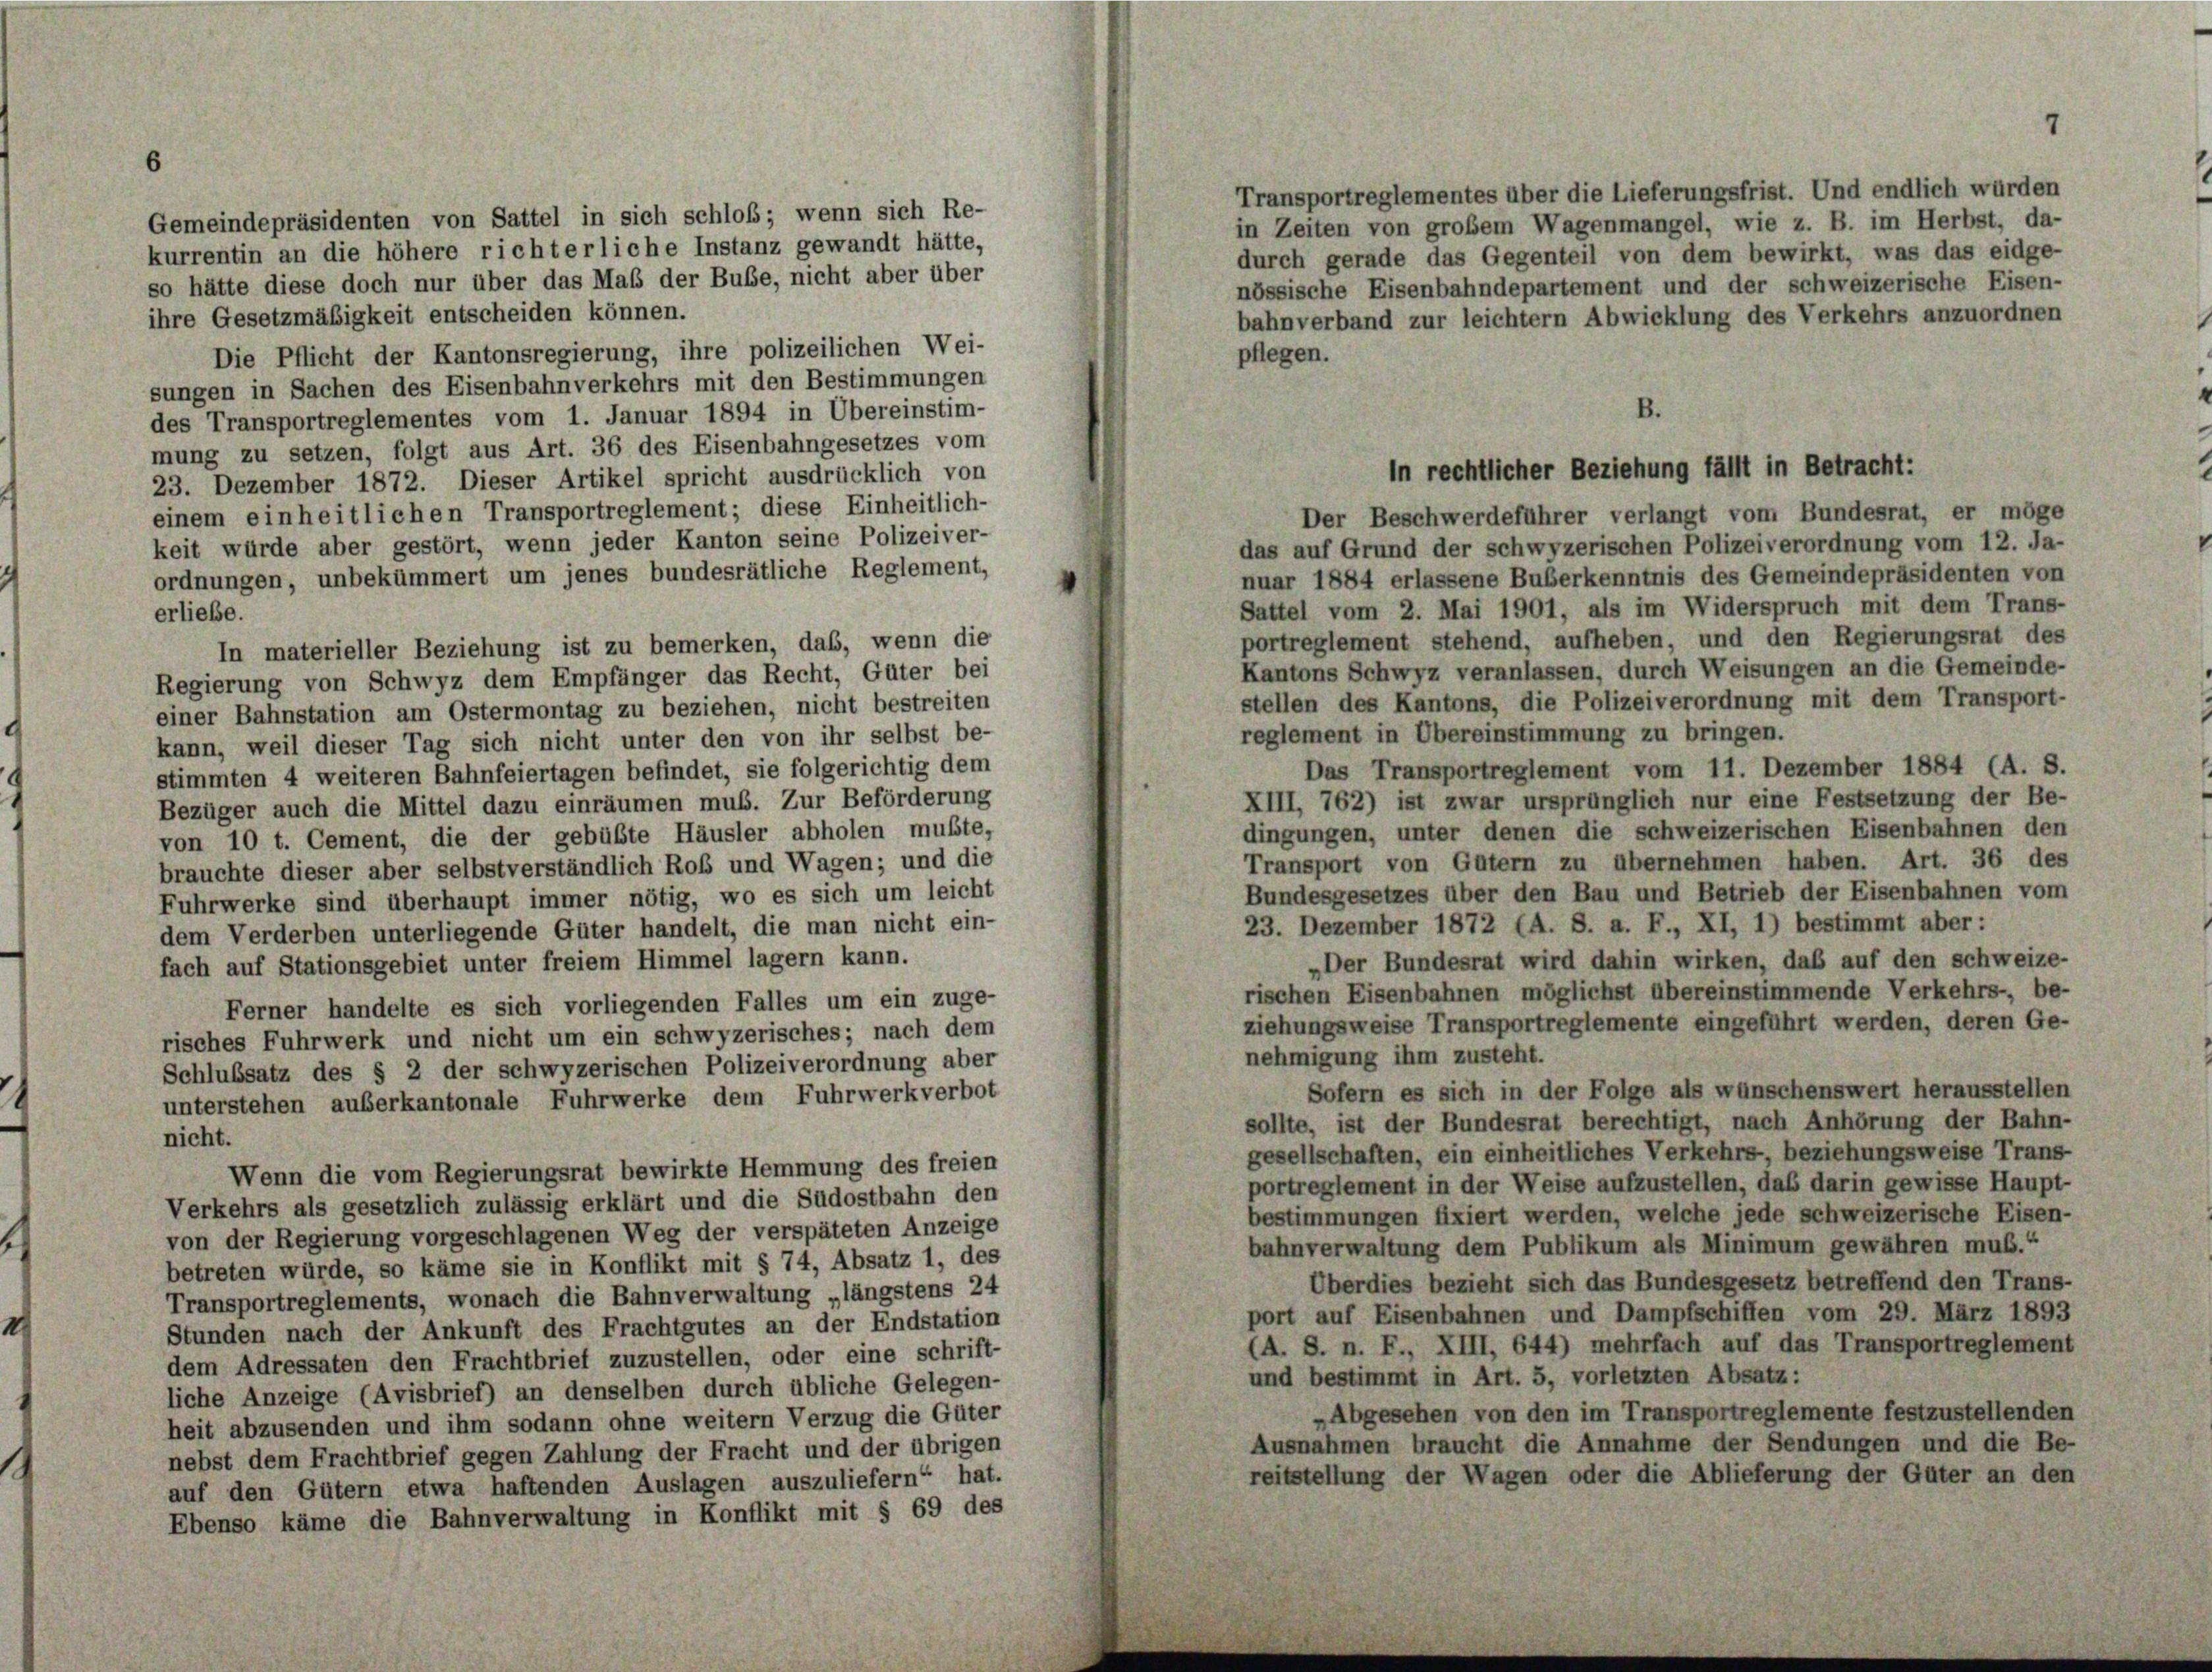
Gemeindepräsidenten von Sattel in sich schloß; wenn sich Re-
kurrentin an die höhere richterliche Instanz gewandt hätte,
so hätte diese doch nur über das Maß der Buße, nicht aber über
ihre Gesetzmäßigkeit entscheiden können.
Die Pflicht der Kantonsregierung, ihre polizeilichen Wei-
sungen in Sachen des Eisenbahnverkehrs mit den Bestimmungen
des Transportreglementes vom 1. Januar 1894 in Übereinstim-
mung zu setzen, folgt aus Art. 36 des Eisenbahngesetzes vom
23. Dezember 1872. Dieser Artikel spricht ausdrücklich von
einem einheitlichen Transportreglement; diese Einheitlich-
Der Beschwerdeführer verlangt vom Bundesrat, er möge
keit würde aber gestört, wenn jeder Kanton seine Polizeiver-
das auf Grund der schwyzerischen Polizeiverordnung vom 12. Ja-
ordnungen, unbekümmert um jenes bundesrätliche Reglement,
nuar 1884 erlassene Buberkenntnis des Gemeindepräsidenten von
Sattel vom 2. Mai 1901, als im Widerspruch mit dem Trans-
erliebe.
portreglement stehend, aufheben, und den Regierungsrat des
In materieller Beziehung ist zu bemerken, das, wenn die
Kantons Schwyz veranlassen, durch Weisungen an die Gemeinde-
Regierung von Schwyz dem Empfänger das Recht, Güter bei
stellen des Kantons, die Polizeiverordnung mit dem Transport-
einer Bahnstation am Ostermontag zu beziehen, nicht bestreiten
reglement in Übereinstimmung zu bringen.
kann, weil dieser Tag sich nicht unter den von ihr selbst be-
Das Transportreglement vom 11. Dezember 1884 (A. S.
stimmten 4 weiteren Bahnfeiertagen befindet, sie folgerichtig dem
XIII, 762) ist zwar ursprünglich nur eine Festsetzung der Be-
Bezüger auch die Mittel dazu einräumen muß. Zur Beförderung
dingungen, unter denen die schweizerischen Eisenbahnen den
von 10 t. Cement, die der gebüßte Häusler abholen mußte,
Transport von Gütern zu übernehmen haben. Art. 36 des
brauchte dieser aber selbstverständlich Roß und Wagen; und die
Bundesgesetzes über den Bau und Betrieb der Eisenbahnen vom
Fuhrwerke sind überhaupt immer nötig, wo es sich um leicht
23. Dezember 1872 (A. S. a. F., XI, 1) bestimmt aber:
dem Verderben unterliegende Güter handelt, die man nicht ein-
„Der Bundesrat wird dahin wirken, daß auf den schweize-
fach auf Stationsgebiet unter freiem Himmel lager kann.
rischen Eisenbahnen möglichst übereinstimmende Verkehrs-, be-
Ferner handelte es sich vorliegenden Falles um ein zuge-
ziehungsweise Transportreglemente eingeführt werden, deren Ge-
risches Fuhrwerk und nicht um ein schwyzerisches; nach dem
nehmigung ihm zusteht.
Schlussatz des § 2 der schwyzerischen Polizeiverordnung aber
Sofern es sich in der Folge als wünschenswert herausstellen
unterstehen auserkantonale Fuhrwerke dem Fuhrwerkverbot
sollte, ist der Bundesrat berechtigt, nach Anhörung der Bahn-
nicht.
gesellschaften, ein einheitliches Verkehrs, beziehungsweise Trans
Wenn die vom Regierungsrat bewirkte Hemmung des freien
portreglement in der Weise aufzustellen, daß darin gewisse Haupt-
Verkehrs als gesetzlich zulässig erklärt und die Südostbahn den
bestimmungen fixiert werden, welche jede schweizerische Eisen-
von der Regierung vorgeschlagenen Weg der verspäteten Anzeige
bahnverwaltung dem Publikum als Minimum gewähren muß.“
betreten würde, so käme sie in Konflikt mit § 74, Absatz 1, des
Überdies bezieht sich das Bundesgesetz betreffend den Trans-
Transportreglements, wonach die Bahnverwaltung „längstens 24
port auf Eisenbahnen und Dampfschiffen vom 29. März 1893
Stunden nach der Ankunft des Frachtgutes an der Endstation
(A. S. n. F., XIII, 644) mehrfach auf das Transportreglement
dem Adressaten den Frachtbrief zuzustellen, oder eine schrift-
und bestimmt in Art. 5, vorletzten Absatz:
liche Anzeige (Avisbrief) an denselben durch übliche Gelegen-
„Abgesehen von den im Transportreglemente festzustellenden
heit abzusenden und ihm sodann ohne weitern Verzug die Güter
Ausnahmen braucht die Annahme der Sendungen und die Be-
nebst dem Frachtbrief gegen Zahlung der Fracht und der übrigen
reitstellung der Wagen oder die Ablieferung der Güter an den
auf den Gütern etwa haftenden Auslagen auszuliefern“ hat.
Ebenso käme die Bahnverwaltung in Konflikt mit § 69 des

Transportreglementes über die Lieferungsfrist. Und endlich wurden
in Zeiten von großem Wagenmangel, wie z. B. im Herbst, da-
durch gerade das Gegenteil von dem bewirkt, was das eidge-
nössische Eisenbahndepartement und der schweizerische Eisen-
bahnverband zur leichter Abwicklung des Verkehrs anzuordnen
pflegen.
B.

in rechtlicher Beziehung fällt in Betracht: